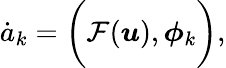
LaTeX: \dot{a}_{k}=\bigg(\mathcal{F}(\boldsymbol{u}),\boldsymbol{\phi}_{k}\bigg),